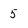
Character: 5